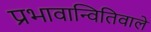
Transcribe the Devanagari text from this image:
प्रभावान्वितिवाले